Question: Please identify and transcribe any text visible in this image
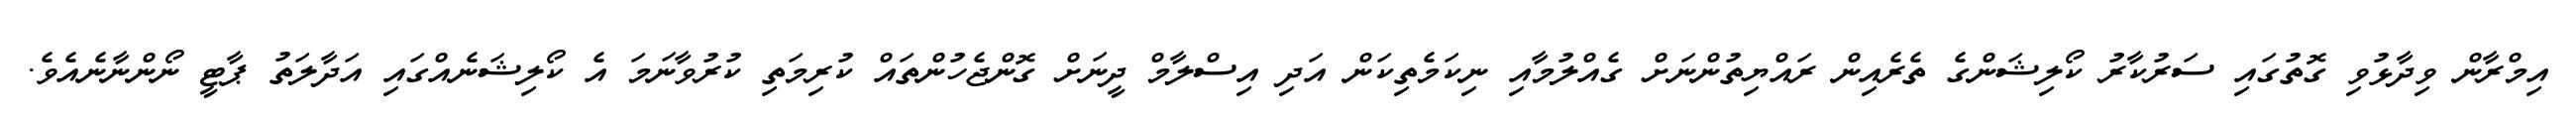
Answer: އިމްރާން ވިދާޅުވި ގޮތުގައި ސަރުކާރު ކޯލިޝަންގެ ތެރެއިން ރައްޔިތުންނަށް ގެއްލުމާއި ނިކަމެތިކަން އަދި އިސްލާމް ދީނަށް ގޮންޖެހުންތައް ކުރިމަތި ކުރުވާނަމަ އެ ކޯލިޝަނެއްގައި އަދާލަތު ޕާޓީ ނޯންނާނެއެވެ.